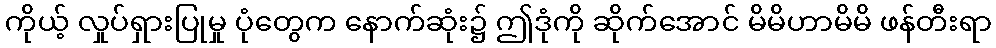
ကိုယ့် လှုပ်ရှားပြုမှု ပုံတွေက နောက်ဆုံး၌ ဤဒုံကို ဆိုက်အောင် မိမိဟာမိမိ ဖန်တီးရာ